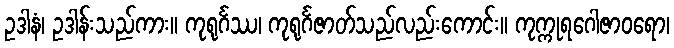
ဥဒါနံ၊ ဥဒါန်းသည်ကား။ ကုရုင်္ဂဿ၊ ကုရုင်္ဂဇာတ်သည်လည်းကောင်း။ ကုက္ကုရဂေါဇာဝရော၊